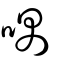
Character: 喁